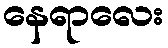
နေရာလေး